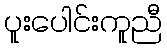
ပူးပေါင်းကူညီ